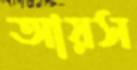
আয়স